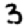
Digit: 3